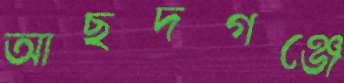
আছদগঞ্জে